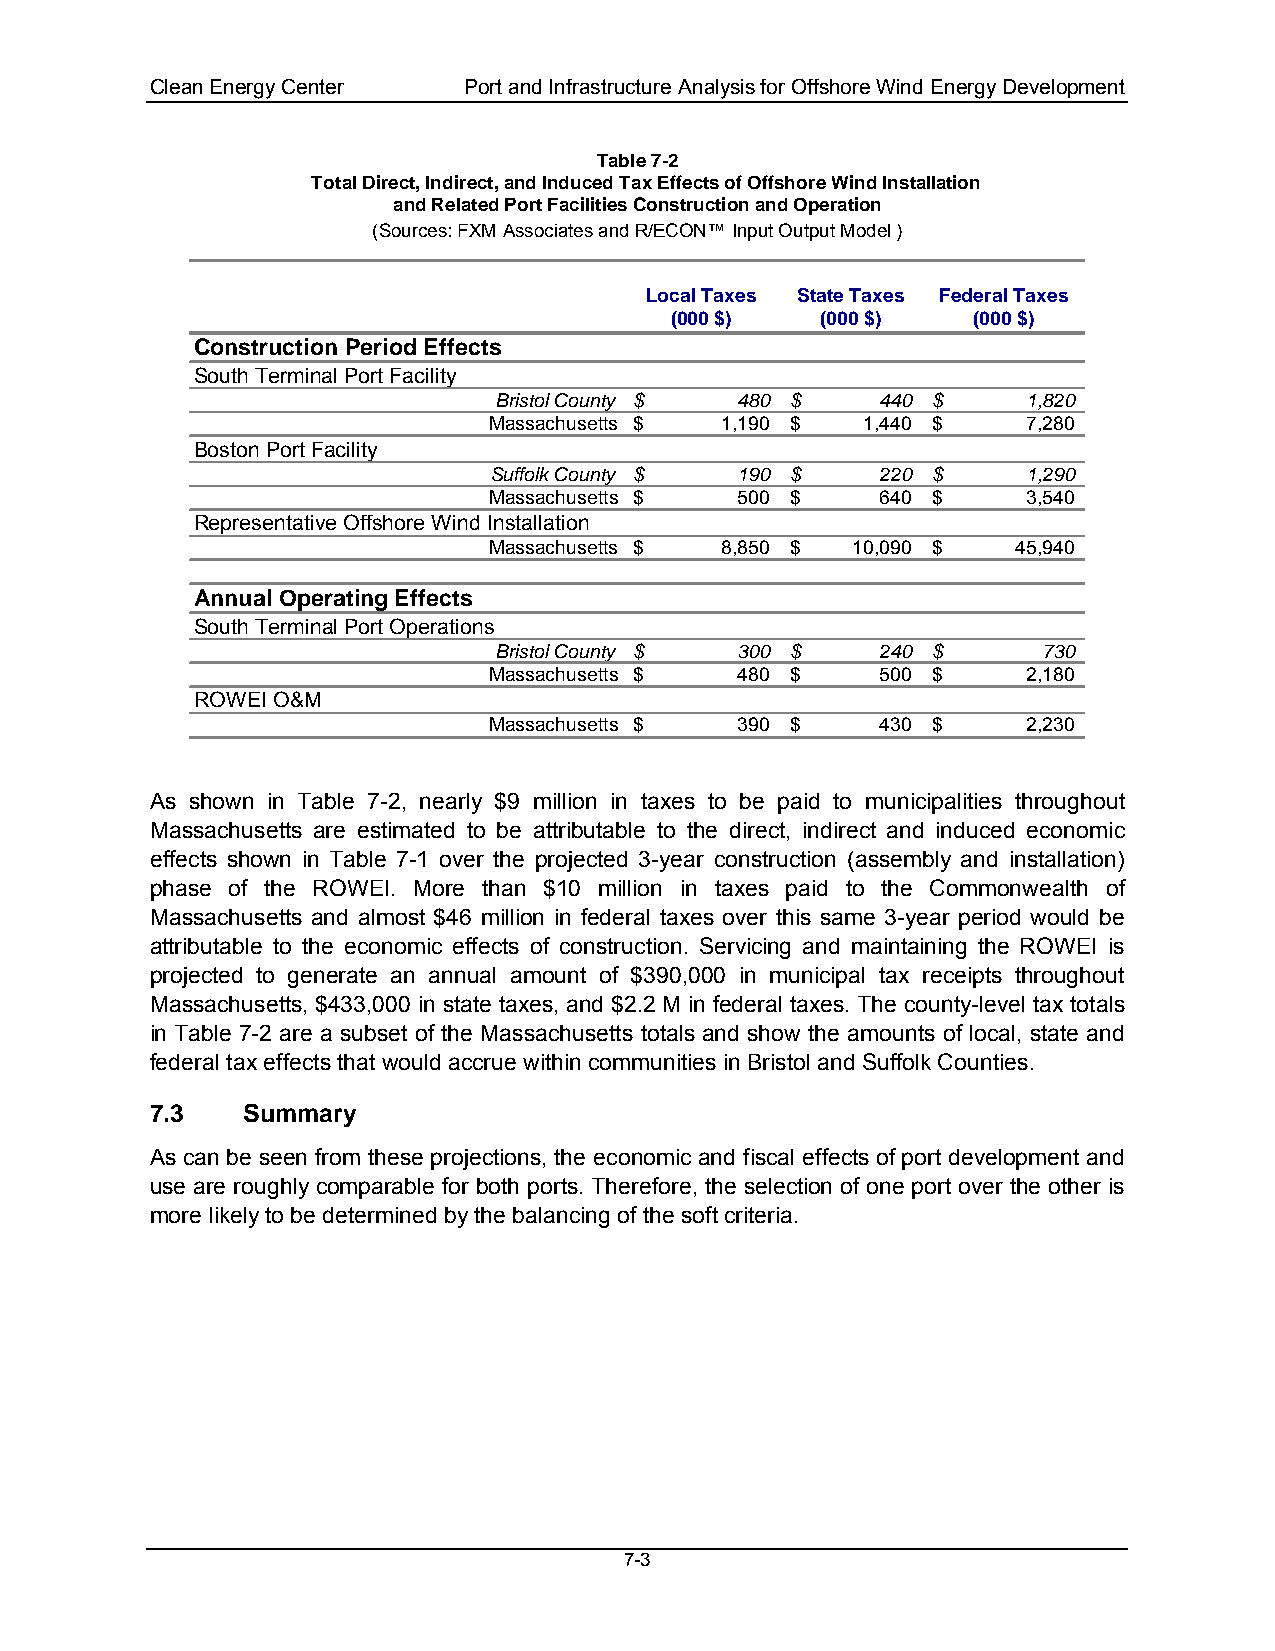
Clean Energy Center  Port and Infrastructure Analysis for Offshore Wind Energy Development
 Table 7-2
 Total Direct, Indirect, and Induced Tax Effects of Offshore Wind Installation
 and Related Port Facilities Construction and Operation
 (Sources: FXM Associates and R/ECON™ Input Output Model )
 Local Taxes State Taxes Federal Taxes
 (000 $)   (000 $)   (000 $)
 Construction Period Effects
 South Terminal Port Facility
 Bristol County $ 480 $   440 $     1,820
 Massachusetts $ 1,190 $  1 ,440 $   7 ,280
 Boston Port Facility
 Suffolk County $ 190 $    220 $     1,290
 Massachusetts $  500 $    6 40 $    3 ,540
 Representative Offshore Wind Installation
 Massachusetts $ 8,850 $ 1 0,090 $  4 5,940
 Annual Operating Effects
 South Terminal Port Operations
 Bristol County $ 300 $   240 $      730
 Massachusetts $  480 $    5 00 $    2 ,180
 ROWEI O&M
 Massachusetts $  390 $    430 $     2,230
 As shown in Table 7-2, nearly $9 million in taxes to be paid to municipalities throughout
 Massachusetts are estimated to be attributable to the direct, indirect and induced economic
 effects shown in Table 7-1 over the projected 3-year construction (assembly and installation)
 phase of the ROWEI. More than $10 million in taxes paid to the Commonwealth of
 Massachusetts and almost $46 million in federal taxes over this same 3-year period would be
 attributable to the economic effects of construction. Servicing and maintaining the ROWEI is
 projected to generate an annual amount of $390,000 in municipal tax receipts throughout
 Massachusetts, $433,000 in state taxes, and $2.2 M in federal taxes. The county-level tax totals
 in Table 7-2 are a subset of the Massachusetts totals and show the amounts of local, state and
 federal tax effects that would accrue within communities in Bristol and Suffolk Counties.
 7.3   Summary
 As can be seen from these projections, the economic and fiscal effects of port development and
 use are roughly comparable for both ports. Therefore, the selection of one port over the other is
 more likely to be determined by the balancing of the soft criteria.
 7-3